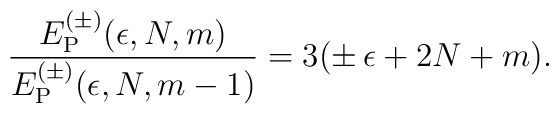
{E_{\rm P}^{(\pm)}(\epsilon, N, m) \over E_{\rm P}^{(\pm)}(\epsilon, N,m-1)}=3(\pm \, \epsilon + 2 N + m).